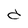
Character: d